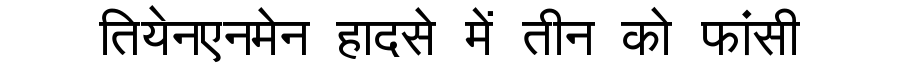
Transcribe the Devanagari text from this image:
तियेनएनमेन हादसे में तीन को फांसी